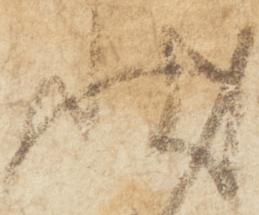
状